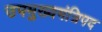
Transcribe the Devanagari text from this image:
उपमुख्यमंत्रिपद